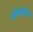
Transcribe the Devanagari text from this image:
ओव्हरसीझ